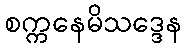
စက္ကနေမိသဒ္ဒေန